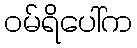
ဝမ်ရိပေါ်က